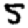
Digit: 5